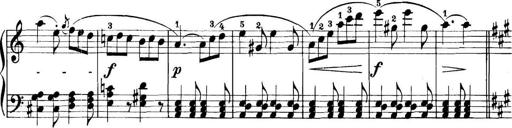
Title: 11 Sonatinas
Composer: Anton Diabelli